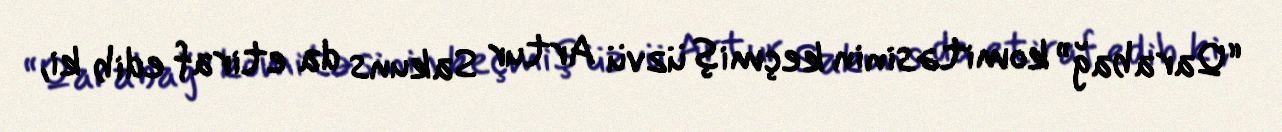
“Qarabağ” komitəsinin keçmiş üzvü Artur Sakuns da etiraf edib ki,